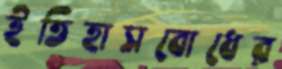
ইতিহাসবোধের